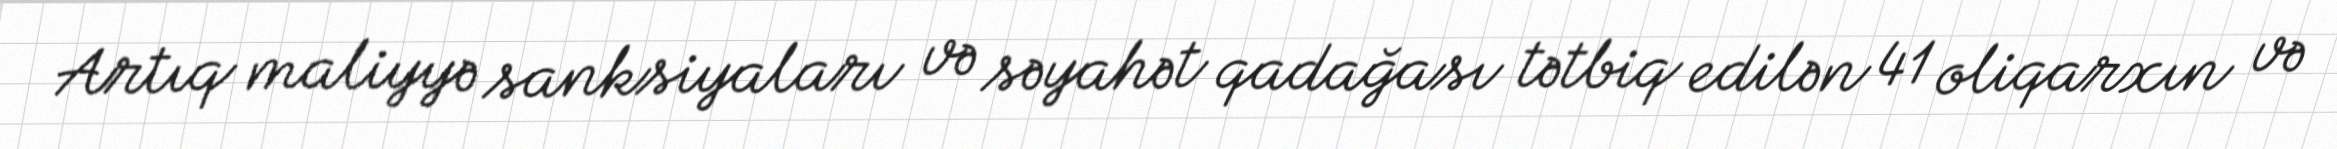
Artıq maliyyə sanksiyaları və səyahət qadağası tətbiq edilən 41 oliqarxın və